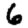
Digit: 6